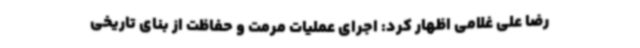
رضا علی غلامی اظهار کرد: اجرای عملیات مرمت و حفاظت از بنای تاریخی